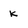
Character: K